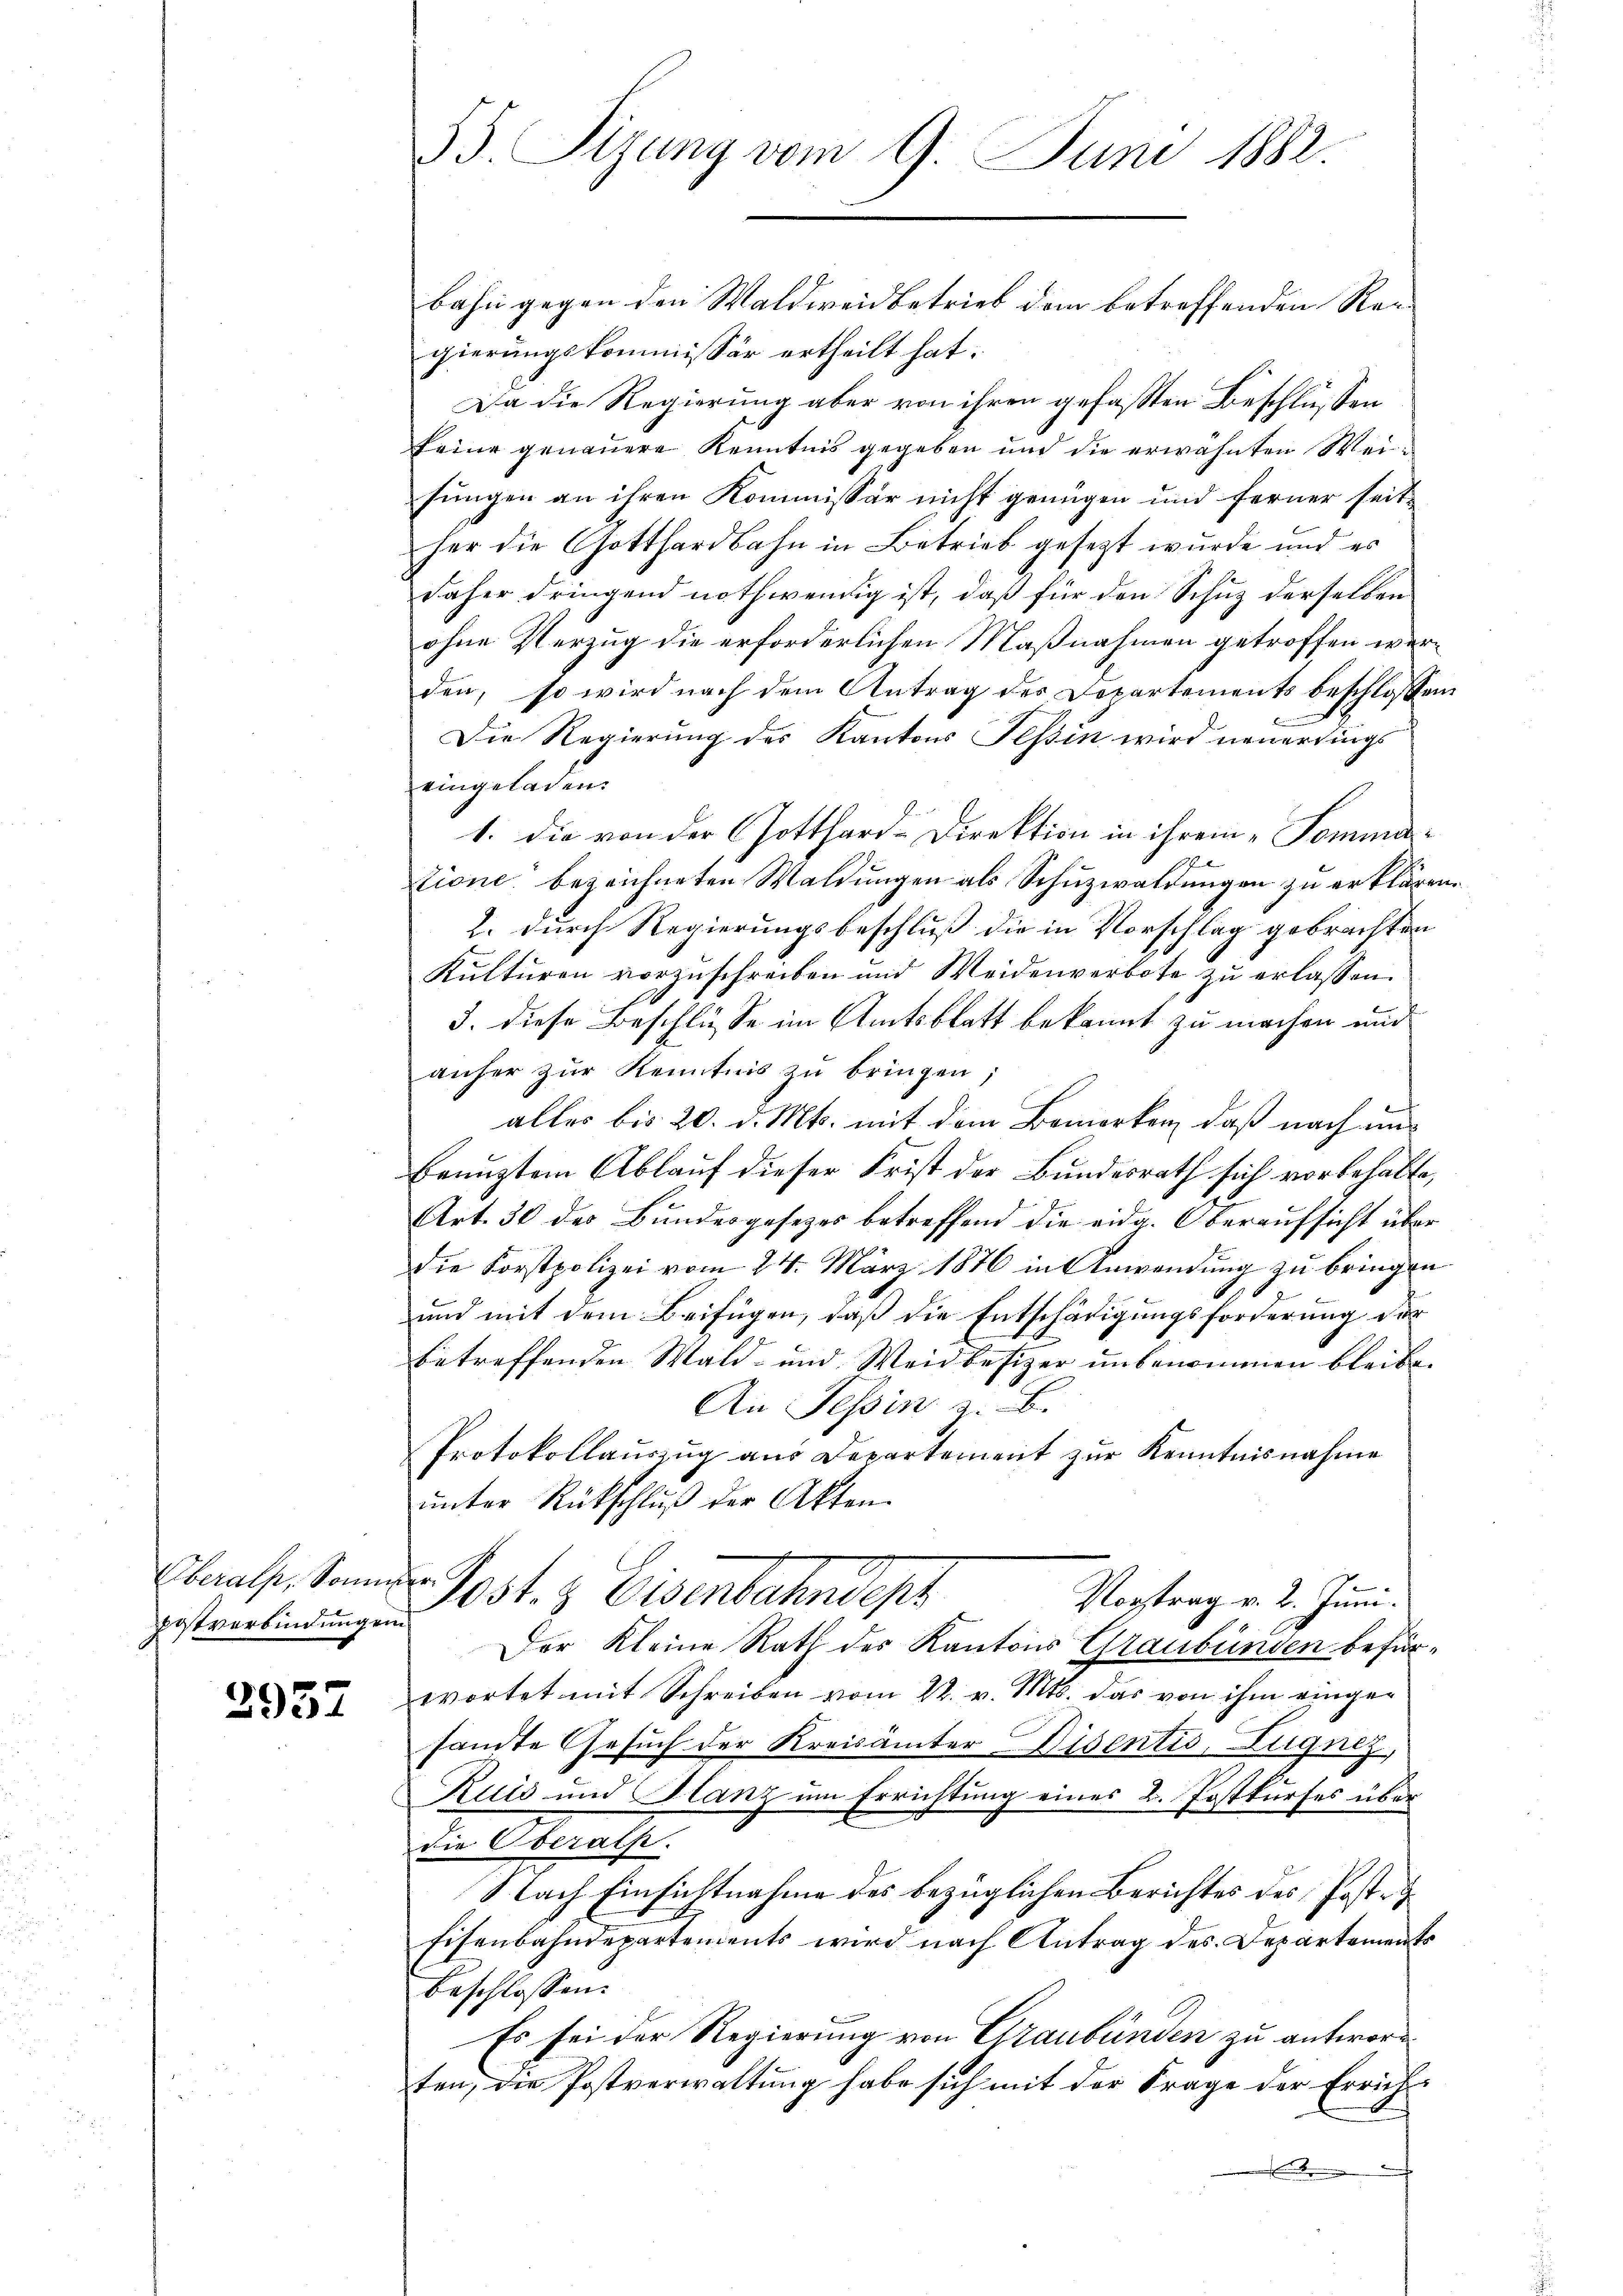
Oberalp, Sonnter
Postverbindung ein

2957

55. Sizung vom 9. Juni 1882.

bahn gegen den Waldweid betrieb dem betreffenden Re- |
gierungskommissär ertheilt hat.
Da die Regierung aber von ihren gefaßten Beschlüssen
keine genauere Kenntnis gegeben und die erwähnten Weisungen an ihren Kommissär nicht genügen und ferner seit
her die Gotthardbahn in Betrieb gesezt wurde und es
daher dringend nothwendig ist, daß für den Schuz derselben
ohne Verzug die erforderlichen Maßnahmen getroffen werden, so wird nach dem Antrag des Departements beschlossen
Die Regierung des Kantons Tessin wird neuerdings
eingeladen.
1. die von der Gotthard-Direktion in ihrem Sommatione bezeichneten Waldungen als Schuzwaldungen zu erklären.
. durch Regierungsbeschluß die in Vorschlag gebrachten
Kulturen vorzuschreiben und Weidenverbote zu erlassen.
3. diese Beschlüsse im Amtsblatt bekannt zu machen und
anher zur Kenntnis zu bringen;
alles bis 20. d. Mts. mit dem Bemerken, daß nach uns
benuztem Ablauf dieser Frist der Bundesrath sich vorbehalte,
Art. 30 des Bundesgesezes betreffend die eidg. Oberaufsicht über
die Forstpolizei vom 24. März 1876 in Anwendung zu bringen
und mit dem Beifügen, daß die Entschädigungsforderung der
betreffenden Wald- und Weidbesizer unbenommen bleibe.
An Tessin z. B.
Protokollauszug aus Departement zur Kenntnisnahme
ŭnter Rückschlŭβ der Akten.
Post & Eisenbahndept
Vortrag v. 2. Juni.
Der Kleine Rath des Kantons Graubünden befürwortet mit Schreiben vom 22. v. Mts. das von ihm eingesamte Gesuch der Kreisämter Disentis, Zugnez,
Ruis und Glanz um Errichtung eines L. Postkurses über
Die Oberath.
Nach Einsichtnahme des bezüglichen Berichtes des Poste
Eisenbahndepartements wird nach Antrag des Departements
beschlossen:
Es sei der Regierung von Graubünden zu antwort
ten, die Postverwaltung habe sich mit der Frage der Erriche